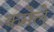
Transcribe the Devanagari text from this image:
कमेले